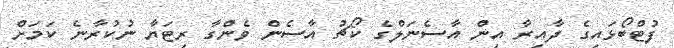
ފުޓްބޯޅައިގެ ދާއިރާ އިން އާސެނަލްގެ ކޯޗު އާސެން ވެންގާ ރިޓަޔާ ނުކުރާނެ ކަމަށް